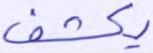
يكشف